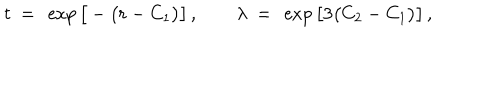
t ~ = ~ \exp \big [ - \big ( r - C _ { 1 } \big ) \big ] \, , \qquad \lambda ~ = ~ \exp \big [ 3 \big ( C _ { 2 } - C _ { 1 } \big ) \big ] \, ,